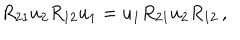
R _ { 2 1 } u _ { 2 } R _ { 1 2 } u _ { 1 } = u _ { 1 } R _ { 2 1 } u _ { 2 } R _ { 1 2 } \, ,